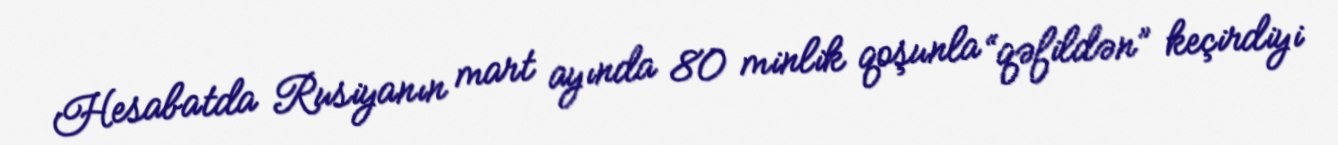
Hesabatda Rusiyanın mart ayında 80 minlik qoşunla “qəfildən” keçirdiyi